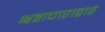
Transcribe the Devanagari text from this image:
भ्रष्टाचाराद्वारे